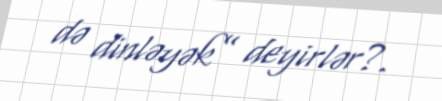
də dinləyək” deyirlər?.